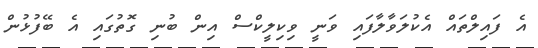
އެ ފައިލްތައް އެކުލަވާލާފައި ވަނީ ވިކިލީކްސް އިން ބުނި ގޮތުގައި އެ ބޭފުޅުން